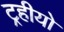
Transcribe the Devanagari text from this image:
ट्रहीयो